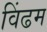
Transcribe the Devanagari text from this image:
विंढम